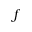
f